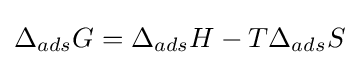
\Delta _{ads}G=\Delta _{ads}H-T\Delta _{ads}S